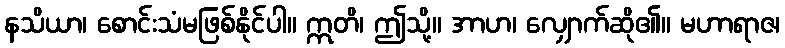
နသိယာ၊ စောင်းသံမဖြစ်နိုင်ပါ။ ဣတိ၊ ဤသို့။ အာဟ၊ လျှောက်ဆို၏။ မဟာရာဇ၊